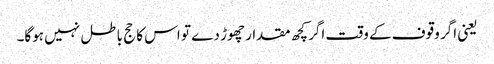
یعنی اگر وقوف کے وقت اگر کچھ مقدار چھوڑ دے تو اس کا حج باطل نہیں ہوگا۔